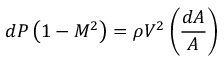
d P \left( 1 - M ^ { 2 } \right) = \rho V ^ { 2 } \left( { \frac { d A } { A } } \right)